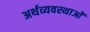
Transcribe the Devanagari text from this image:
अर्थव्यवस्थाआें